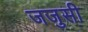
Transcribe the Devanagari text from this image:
जजुसी